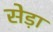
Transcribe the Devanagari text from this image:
सेड़ा